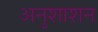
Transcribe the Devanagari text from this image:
अनुशाशन